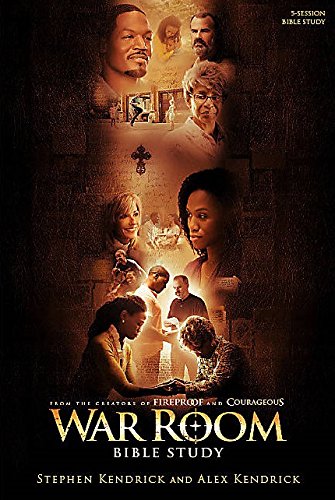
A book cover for War Room Bible Study - Bible Study Book; Stephen Kendrick; Christian Books & Bibles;